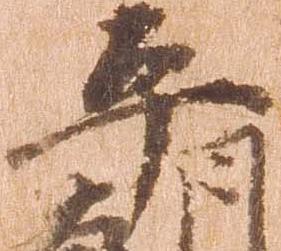
平